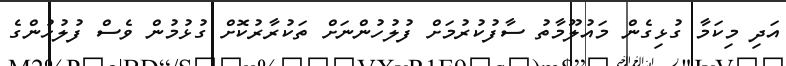
އަދި މިކަމާ ގުޅިގެން މައުލޫމާތު ސާފުކުރުމަށް ފުލުހުންނަށް ތަކުރާރުކޮށް ގުޅުމުން ވެސް ފުލުހުންގެ